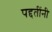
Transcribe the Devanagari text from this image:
पद्दतींनी